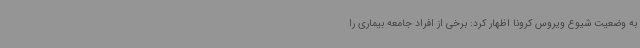
به وضعیت شیوع ویروس کرونا اظهار کرد: برخی از افراد جامعه بیماری‌ را